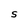
Character: S